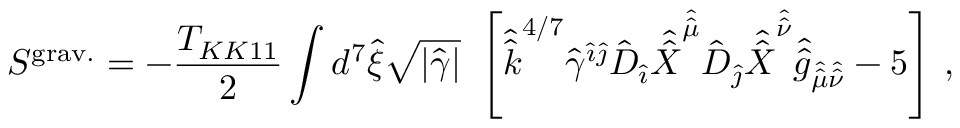
S ^ { \mathrm { g r a v . } } = - { \frac { T _ { K K 1 1 } } { 2 } } \int d ^ { 7 } \hat { \xi } \sqrt { | \hat { \gamma } | } \ \left[ \hat { \hat { k } } ^ { 4 / 7 } \hat { \gamma } ^ { \hat { \imath } \hat { \jmath } } \hat { D } _ { \hat { \imath } } \hat { \hat { X } } ^ { \hat { \hat { \mu } } } \hat { D } _ { \hat { \jmath } } \hat { \hat { X } } ^ { \hat { \hat { \nu } } } \hat { \hat { g } } _ { \hat { \hat { \mu } } \hat { \hat { \nu } } } - 5 \right] \, ,